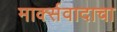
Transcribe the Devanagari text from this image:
मार्क्‍सवादाचा